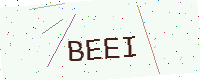
Text: BEEI